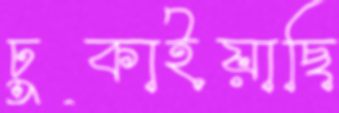
ঢুকাইয়াছি